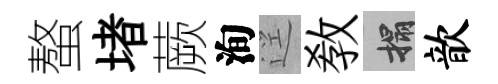
螯堵蕨洵逕敎搨歆